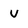
Character: v